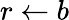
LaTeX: r\gets b